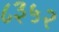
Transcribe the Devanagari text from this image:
८३५२